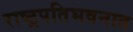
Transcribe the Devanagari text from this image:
राष्ट्रपतिभवनात